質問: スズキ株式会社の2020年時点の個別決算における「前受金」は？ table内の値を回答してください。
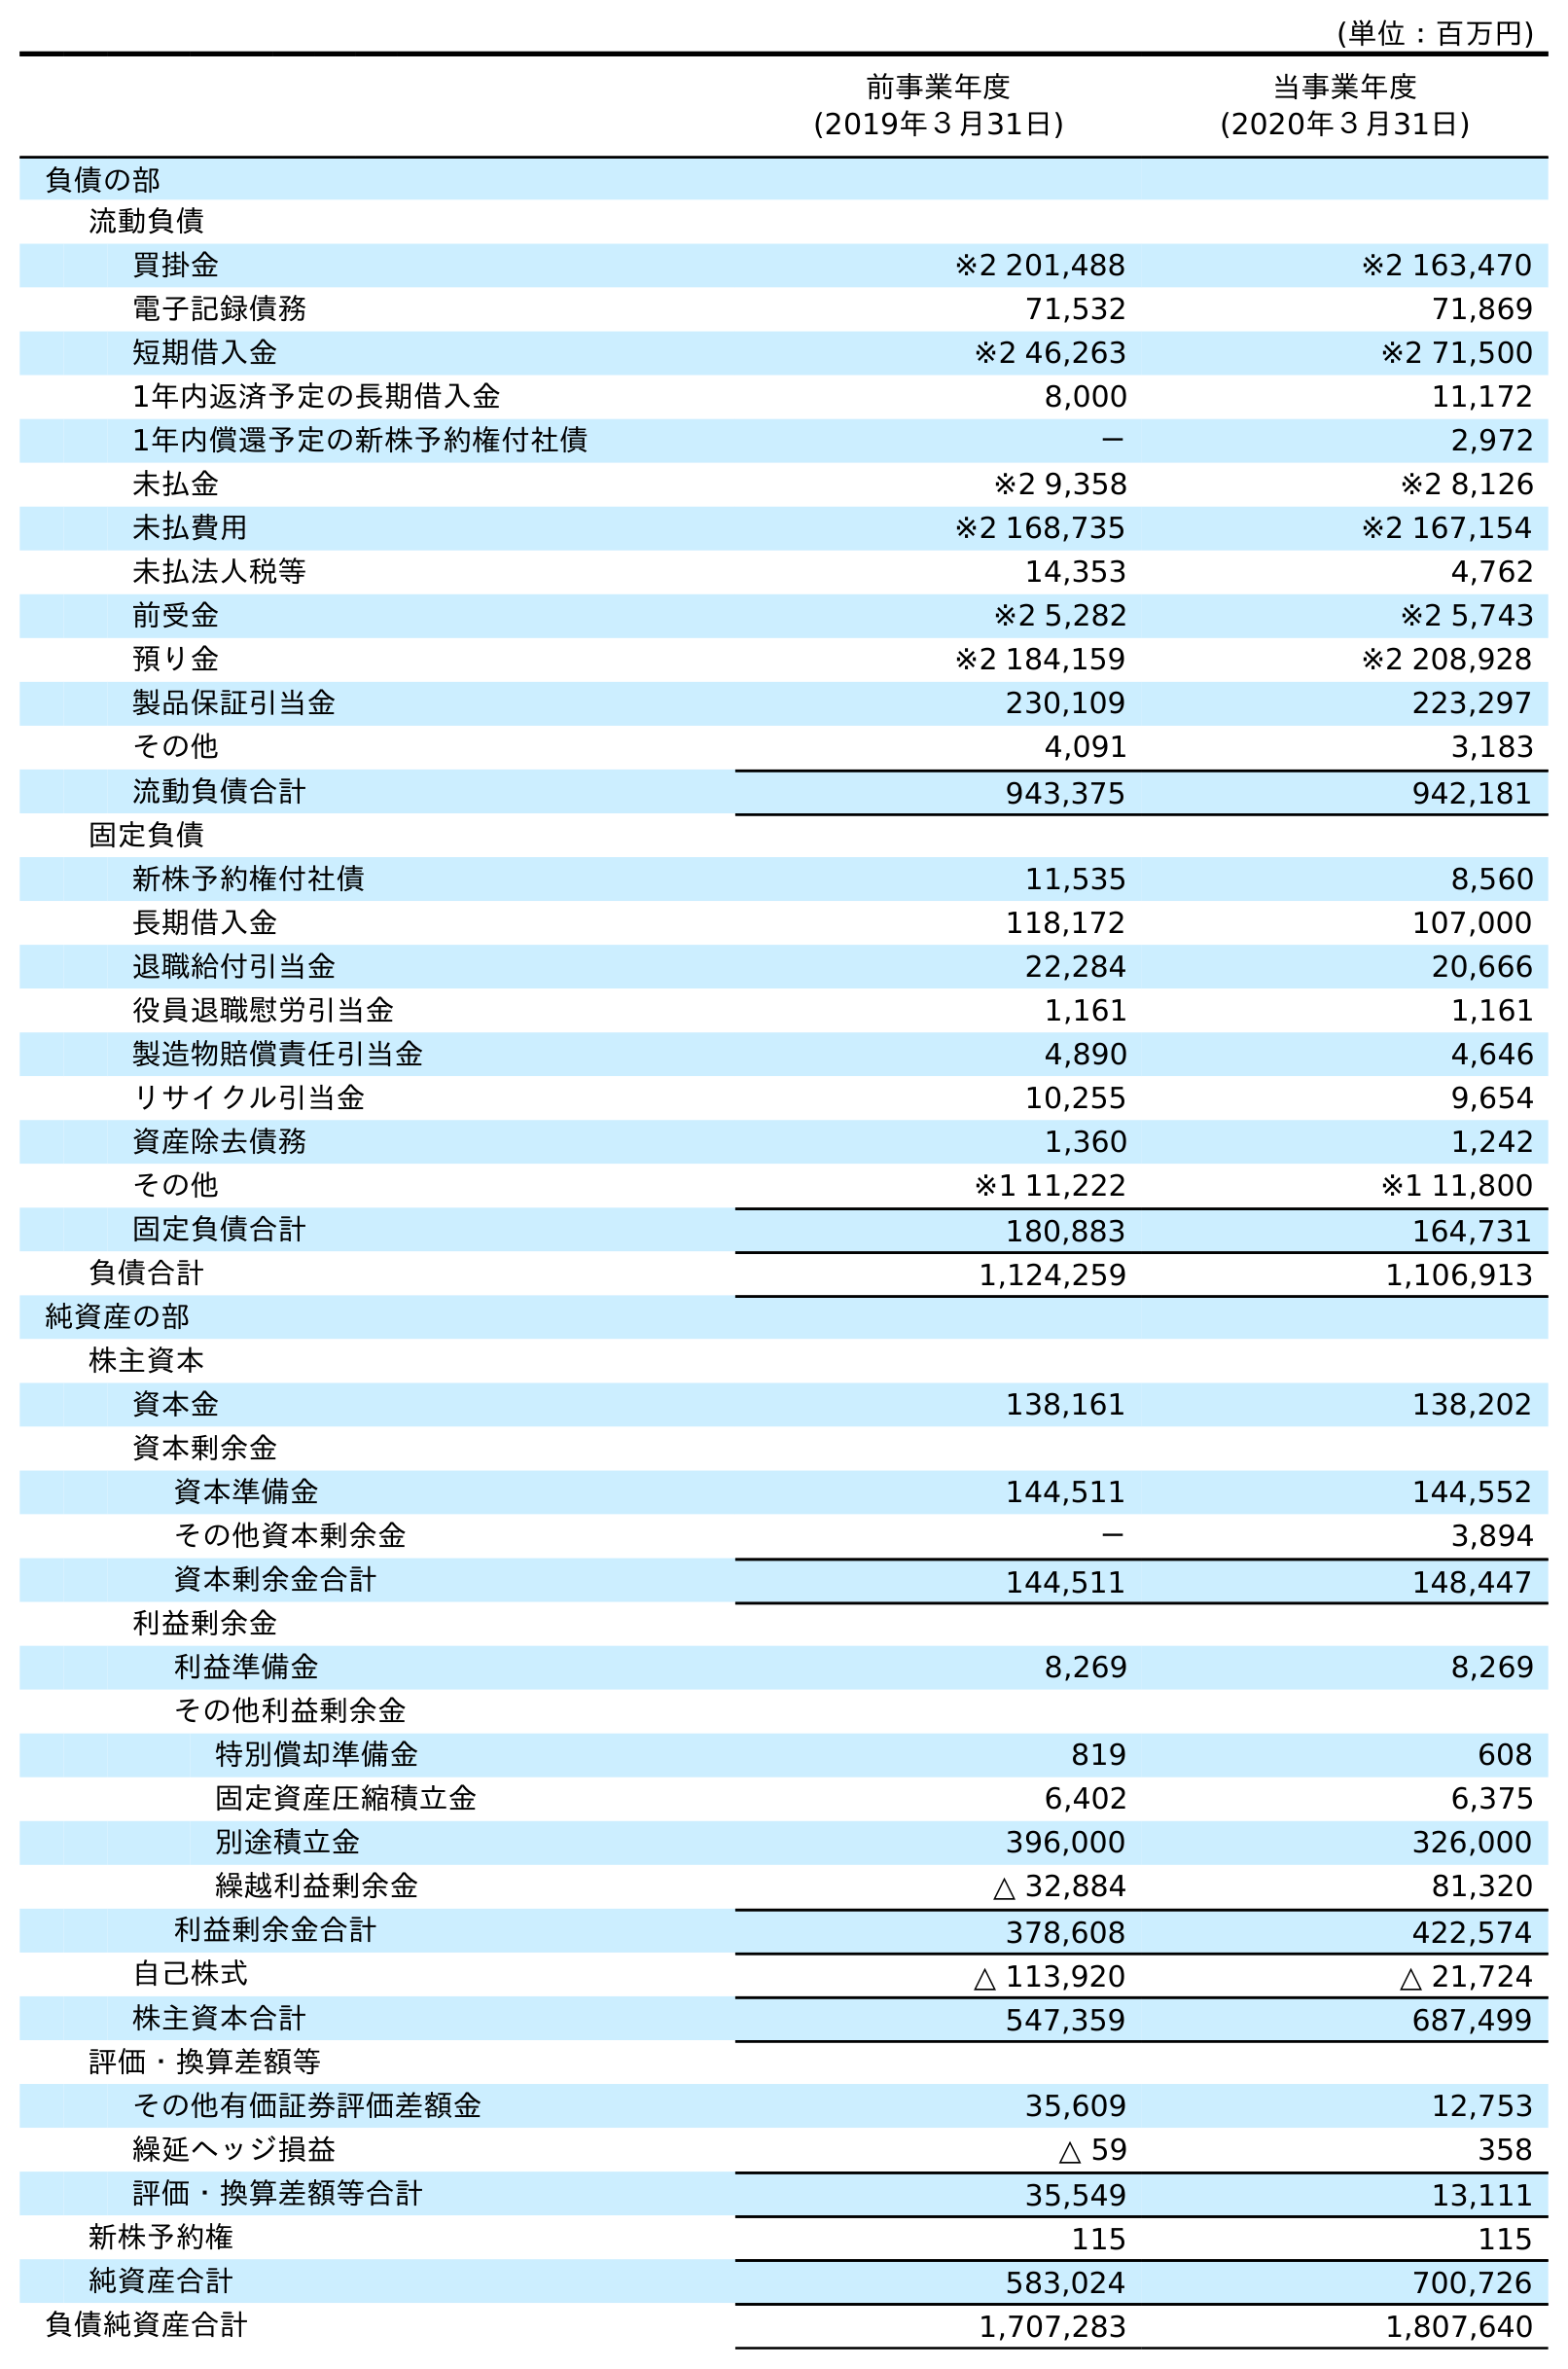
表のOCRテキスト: (単位：百万円) 前事業年度 (2019年３月31日) 当事業年度 (2020年３月31日) 負債の部 流動負債 買掛金 ※2 201,488 ※2 163,470 電子記録債務 71,532 71,869 短期借入金 ※2 46,263 ※2 71,500 1年内返済予定の長期借入金 8,000 11,172 1年内償還予定の新株予約権付社債 － 2,972 未払金 ※2 9,358 ※2 8,126 未払費用 ※2 168,735 ※2 167,154 未払法人税等 14,353 4,762 前受金 ※2 5,282 ※2 5,743 預り金 ※2 184,159 ※2 208,928 製品保証引当金 230,109 223,297 その他 4,091 3,183 流動負債合計 943,375 942,181 固定負債 新株予約権付社債 11,535 8,560 長期借入金 118,172 107,000 退職給付引当金 22,284 20,666 役員退職慰労引当金 1,161 1,161 製造物賠償責任引当金 4,890 4,646 リサイクル引当金 10,255 9,654 資産除去債務 1,360 1,242 その他 ※1 11,222 ※1 11,800 固定負債合計 180,883 164,731 負債合計 1,124,259 1,106,913 純資産の部 株主資本 資本金 138,161 138,202 資本剰余金 資本準備金 144,511 144,552 その他資本剰余金 － 3,894 資本剰余金合計 144,511 148,447 利益剰余金 利益準備金 8,269 8,269 その他利益剰余金 特別償却準備金 819 608 固定資産圧縮積立金 6,402 6,375 別途積立金 396,000 326,000 繰越利益剰余金 △ 32,884 81,320 利益剰余金合計 378,608 422,574 自己株式 △ 113,920 △ 21,724 株主資本合計 547,359 687,499 評価・換算差額等 その他有価証券評価差額金 35,609 12,753 繰延ヘッジ損益 △ 59 358 評価・換算差額等合計 35,549 13,111 新株予約権 115 115 純資産合計 583,024 700,726 負債純資産合計 1,707,283 1,807,640
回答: ※25,743